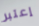
إعتبر